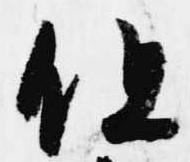
但